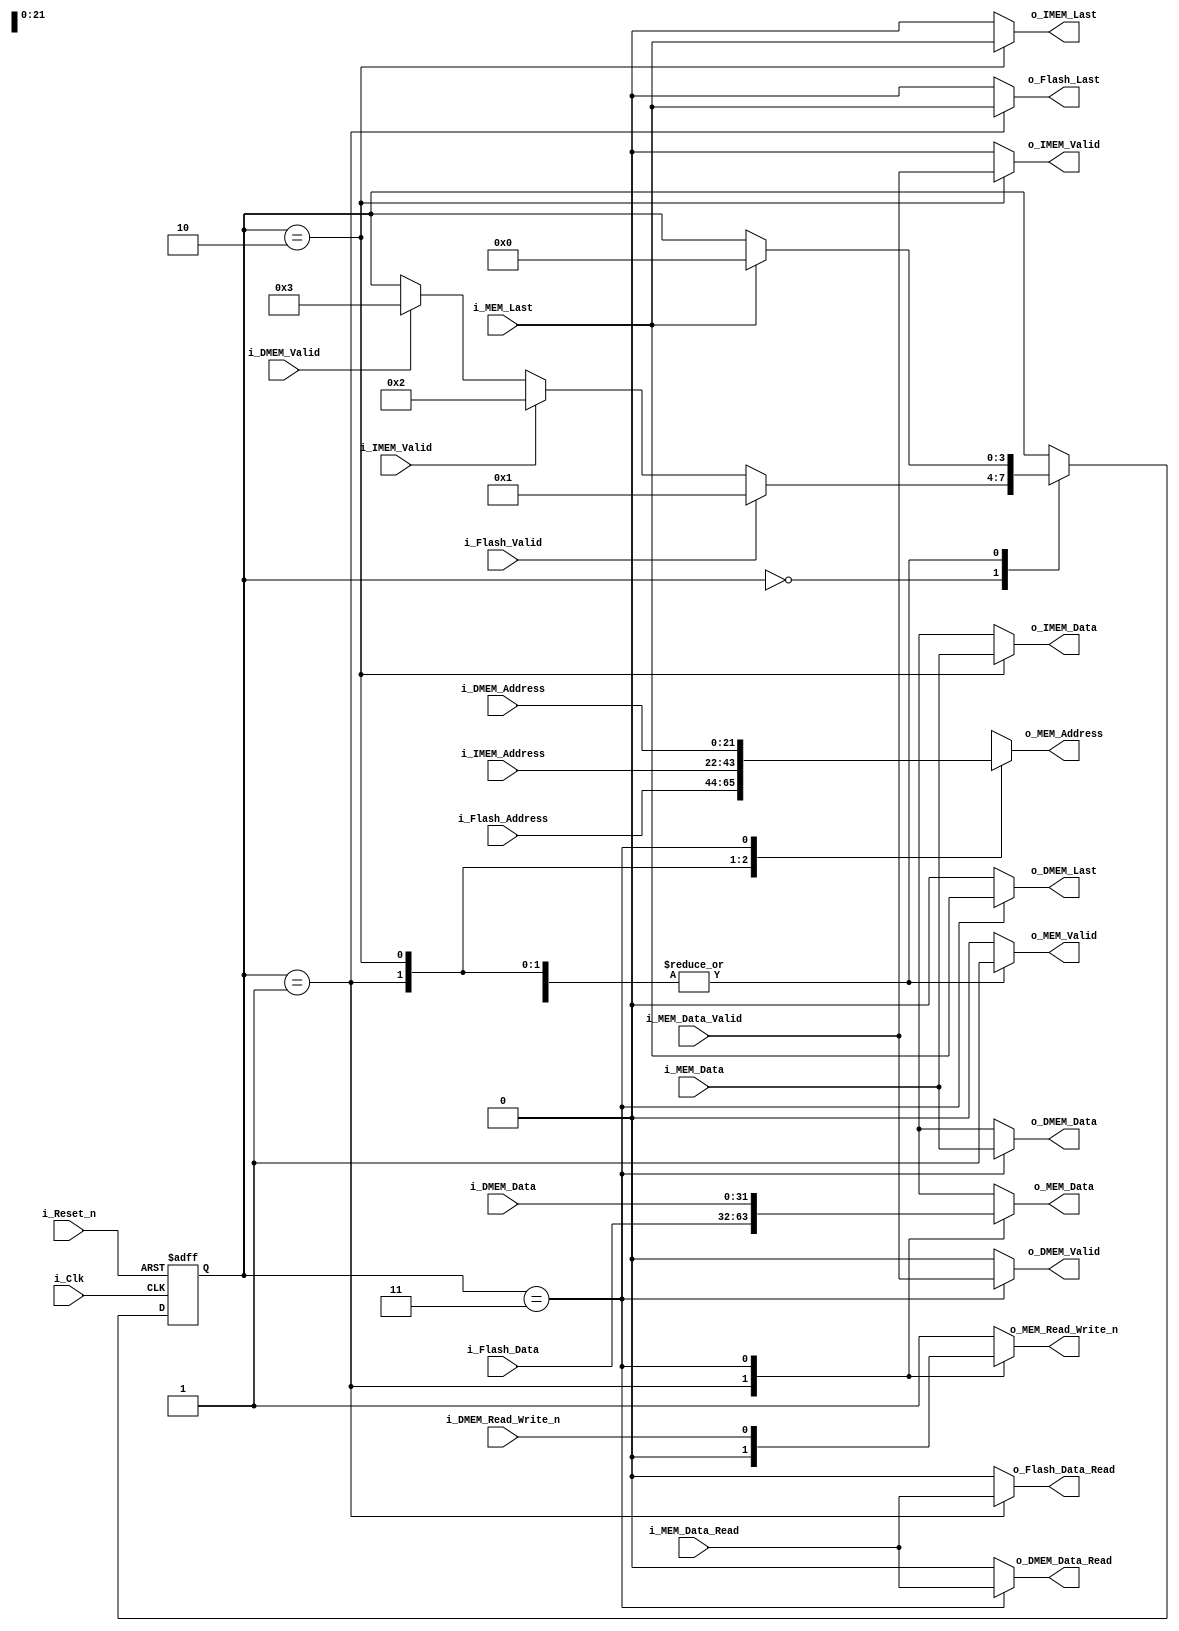
/* memory_arbiter.v
* Last Revision: 1/5/11
* Abstract:
*	Provides arbitration amongst sources that all wish to request from main
* memory. Will service sources in order of priority, which is:
* (high)
* flashloader
* imem
* vga -- (to be included)
* dmem
* (low)
*/
module memory_arbiter	#(	parameter DATA_WIDTH=32,
							parameter ADDRESS_WIDTH=22
						)
						(
							// General
							input i_Clk,
							input i_Reset_n,
							
							// Requests to/from IMEM - Assume we always read
							input i_IMEM_Valid,						// If IMEM request is valid
							input [ADDRESS_WIDTH-1:0] i_IMEM_Address,		// IMEM request addr.
							output reg o_IMEM_Valid,
							output reg o_IMEM_Last,
							output reg [DATA_WIDTH-1:0] o_IMEM_Data,
							
							// Requests to/from DMEM
							input i_DMEM_Valid,
							input i_DMEM_Read_Write_n,
							input [ADDRESS_WIDTH-1:0] i_DMEM_Address,
							input [DATA_WIDTH-1:0] i_DMEM_Data,
							output reg o_DMEM_Valid,
							output reg o_DMEM_Data_Read,
							output reg o_DMEM_Last,
							output reg [DATA_WIDTH-1:0] o_DMEM_Data,
							
							// Requests to/from FLASH - Assume we always write
							input i_Flash_Valid,
							input [DATA_WIDTH-1:0] i_Flash_Data,
							input [ADDRESS_WIDTH-1:0] i_Flash_Address,
							output reg o_Flash_Data_Read,
							output reg o_Flash_Last,
							
							// Interface with SDRAM Controller
							output reg o_MEM_Valid,
							output reg [ADDRESS_WIDTH-1:0] o_MEM_Address,
							output reg o_MEM_Read_Write_n,
							
								// Write data interface
							output reg [DATA_WIDTH-1:0] o_MEM_Data,
							input i_MEM_Data_Read,
							
								// Read data interface
							input [DATA_WIDTH-1:0] i_MEM_Data,
							input i_MEM_Data_Valid,
							
							input i_MEM_Last				// If we're on the last piece of the transaction
						);
	
	// Consts
	localparam TRUE = 1'b1;
	localparam FALSE = 1'b0;
	localparam READ = 1'b1;
	localparam WRITE = 1'b0;	
	
	// State of the arbiter
	localparam STATE_READY = 4'd0;
	localparam STATE_SERVICING_FLASH = 4'd1;
	localparam STATE_SERVICING_IMEM = 4'd2;
	localparam STATE_SERVICING_DMEM = 4'd3;
	localparam STATE_SERVICING_VGA = 4'd4;
	
	reg [3:0] State;

	always @(*)
	begin
		o_IMEM_Valid <= FALSE;
		o_IMEM_Last <= FALSE;
		o_IMEM_Data <= {32{1'bx}};
		o_DMEM_Valid <= FALSE;
		o_DMEM_Data_Read <= FALSE;
		o_DMEM_Last <= FALSE;
		o_DMEM_Data <= {32{1'bx}};
		o_Flash_Data_Read <= FALSE;
		o_Flash_Last <= FALSE;
		o_MEM_Valid <= FALSE;
		o_MEM_Address <= {ADDRESS_WIDTH{1'bx}};
		o_MEM_Read_Write_n <= READ;
		o_MEM_Data <= {32{1'bx}};

		case(State)
			//=======================
			// Accept State
			STATE_READY:
			begin
			end
			
			//=======================
			// Services States
			STATE_SERVICING_FLASH:
			begin
				// Servicing flash: Bridge flash I/O
				o_MEM_Valid <= TRUE;
				o_MEM_Address <= i_Flash_Address;
				o_MEM_Read_Write_n <= WRITE;
				o_MEM_Data <= i_Flash_Data;
				o_Flash_Data_Read <= i_MEM_Data_Read;
				o_Flash_Last <= i_MEM_Last;
			end
			
			STATE_SERVICING_IMEM:
			begin
				o_MEM_Valid <= TRUE;
				o_MEM_Address <= i_IMEM_Address;
				o_MEM_Read_Write_n <= READ;
				o_IMEM_Valid <= i_MEM_Data_Valid;
				o_IMEM_Last <= i_MEM_Last;
				o_IMEM_Data <= i_MEM_Data;			
			end
			
			STATE_SERVICING_DMEM:
			begin
				o_MEM_Valid <= TRUE;
				o_MEM_Address <= i_DMEM_Address;
				o_MEM_Read_Write_n <= i_DMEM_Read_Write_n;
				o_MEM_Data <= i_DMEM_Data;
				o_DMEM_Valid <= i_MEM_Data_Valid;
				o_DMEM_Data_Read <= i_MEM_Data_Read;
				o_DMEM_Last <= i_MEM_Last;
				o_DMEM_Data <= i_MEM_Data;
			end
		endcase
	end
	
	// State driver
	always @(posedge i_Clk or negedge i_Reset_n)
	begin
		if( !i_Reset_n )
		begin
			// Defaults			
			State <= STATE_READY;	
		end
		else
		begin
			case(State)
				//=======================
				// Accept State
				STATE_READY:
				begin
					if( i_Flash_Valid )
					begin
						State <= STATE_SERVICING_FLASH;
					end
					else if( i_IMEM_Valid )
					begin
						State <= STATE_SERVICING_IMEM;
					end
					else if( i_DMEM_Valid )
					begin
						State <= STATE_SERVICING_DMEM;
					end
				end
				
				//=======================
				// Services States
				STATE_SERVICING_FLASH:
				begin
					// See if we're done transacting
					if( i_MEM_Last )
						State <= STATE_READY;				
				end
				
				STATE_SERVICING_IMEM:
				begin
					// See if we're done transacting
					if( i_MEM_Last )
						State <= STATE_READY;				
				end
				
				STATE_SERVICING_DMEM:
				begin
					// See if we're done transacting
					if( i_MEM_Last )
						State <= STATE_READY;
				end
				
				// Remain in current state by default
				default:
				begin
				end
			endcase
		end	
	end
		
endmodule